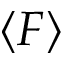
\langle F \rangle